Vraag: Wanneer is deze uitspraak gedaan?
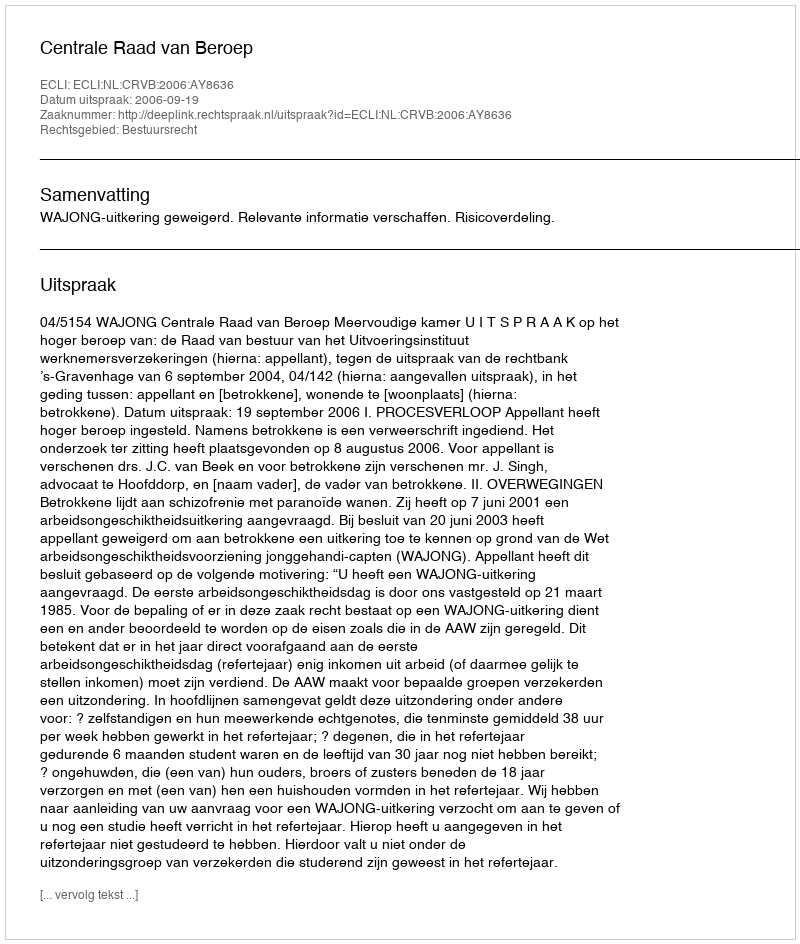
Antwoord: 2006-09-19